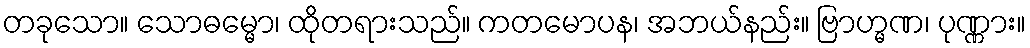
တခုသော။ သောဓမ္မော၊ ထိုတရားသည်။ ကတမောပန၊ အဘယ်နည်း။ ဗြာဟ္မဏ၊ ပုဏ္ဏား။